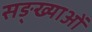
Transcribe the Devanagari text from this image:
सङ्ख्याअाें